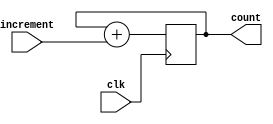
`timescale 1ns / 1ps
module counter #(parameter width=32) (input clk, input [7:0] increment, output reg [width-1:0] count);

	initial begin
		count = 0;
	end

	always @( posedge clk)begin
		count <= count+increment;
	end
endmodule